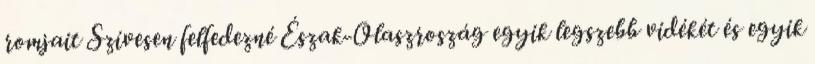
romjait Szívesen felfedezné Észak-Olaszroszág egyik legszebb vidékét és egyik